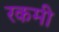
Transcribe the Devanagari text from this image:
रकमी